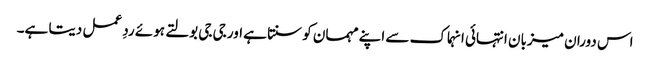
اس دوران میزبان انتہائی انہماک سے اپنے مہمان کو سنتا ہے اور جی جی بولتے ہوئے ردِ عمل دیتا ہے۔